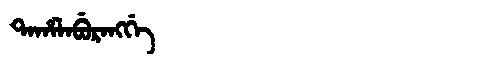
Manchu: ᡨᠠᡥᠠᠯᠠᠪᡠᡵᠠᠩᡤᡝ
Romanization: TAHALABURANGGE